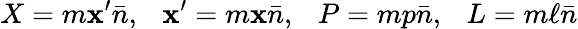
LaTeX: X=m\mathbf{x}^{\prime}\bar{{n}},~~~\mathbf{x}^{\prime}=m\mathbf{x}\bar{{n}},~~~P=mp\bar{{n}},~~~L=m\ell\bar{{n}}